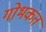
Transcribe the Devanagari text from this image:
गोभकत